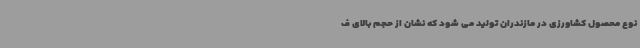
نوع محصول کشاورزی در مازندران تولید می شود که نشان از حجم بالای ف